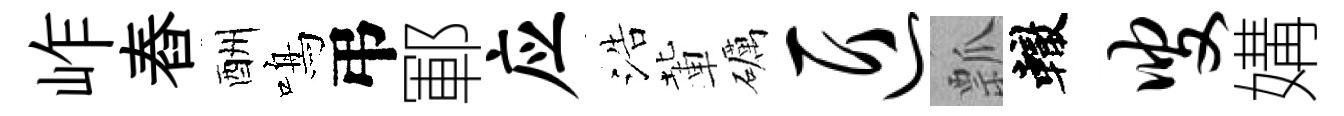
岞舂酬鳴弔鄆应浩輩礪匠瓢轍叟媾